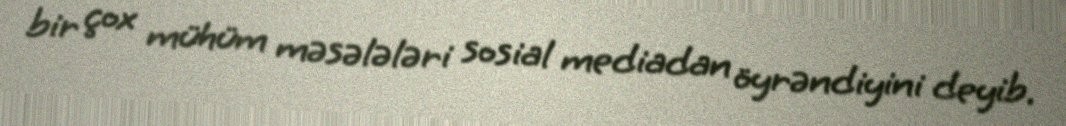
bir çox mühüm məsələləri sosial mediadan öyrəndiyini deyib.